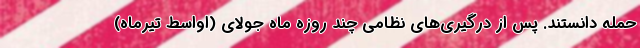
حمله دانستند. پس از درگیری‌های نظامی چند روزه ماه جولای (اواسط تیرماه)